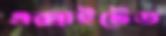
এক্সাইটেড